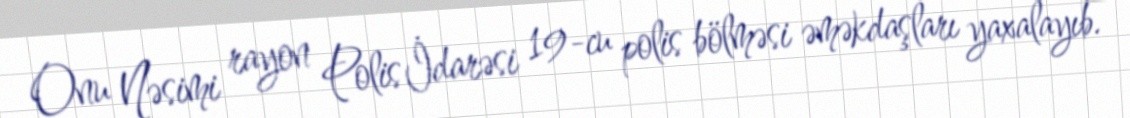
Onu Nəsimi rayon Polis İdarəsi 19-cu polis bölməsi əməkdaşları yaxalayıb.